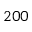
2 0 0